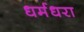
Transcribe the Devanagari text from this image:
धर्मधरा